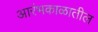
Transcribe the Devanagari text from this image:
आरंभकाळातील